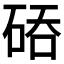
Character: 𮀙